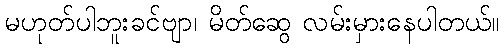
မဟုတ်ပါဘူးခင်ဗျာ၊ မိတ်ဆွေ လမ်းမှားနေပါတယ်။